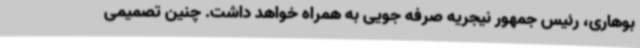
بوهاری، رئیس جمهور نیجریه صرفه جویی به همراه خواهد داشت. چنین تصمیمی